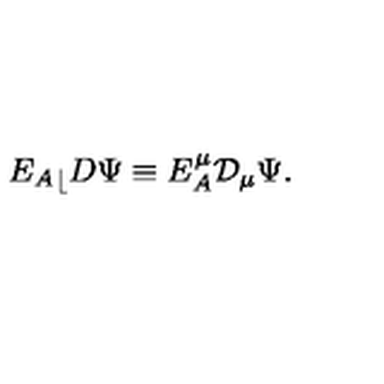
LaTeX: { { E _ { A } } _ { \lfloor } } D \Psi \equiv E ^ { \mu } _ { A } { \cal D } _ { \mu } \Psi .